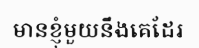
មានខ្ញុំមួយនឹងគេដែរ